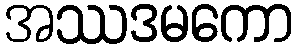
အဿဒမကော